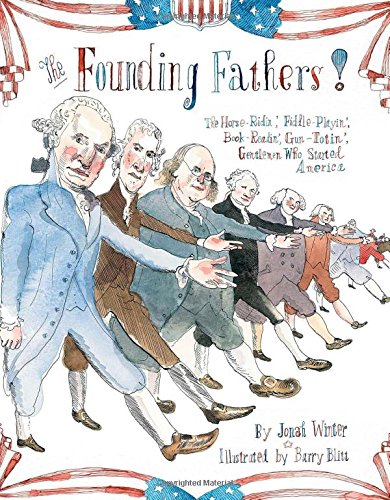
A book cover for The Founding Fathers!: Those Horse-Ridin', Fiddle-Playin', Book-Readin', Gun-Totin' Gentlemen Who Started America; Jonah Winter; Children's Books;